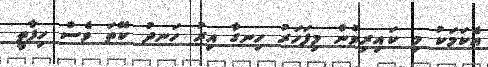
އެކަމަކު މި ކައިރިވުން މިފަހަރު ހިނގާ އިރު ހަނދު ކޭތަ ވެސް ހިފާތީ